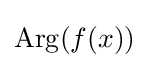
\operatorname {Arg} (f(x))